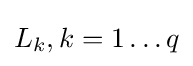
L_{k},k=1\ldots q